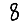
Digit: 8